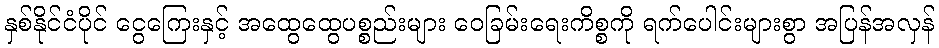
နှစ်နိုင်ငံပိုင် ငွေကြေးနှင့် အထွေထွေပစ္စည်းများ ဝေခြမ်းရေးကိစ္စကို ရက်ပေါင်းများစွာ အပြန်အလှန်